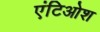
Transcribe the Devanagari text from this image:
एंटिओश